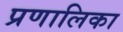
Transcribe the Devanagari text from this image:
प्रणालिका